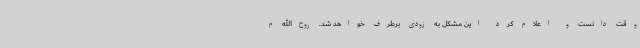
وقت دانست و اعلام کرد این مشکل به زودی برطرف خواهد شد. روح‌الله م